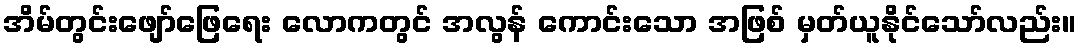
အိမ်တွင်းဖျော်ဖြေရေး လောကတွင် အလွန် ကောင်းသော အဖြစ် မှတ်ယူနိုင်သော်လည်း။